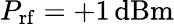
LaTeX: P_{\mathrm{rf}}=+1\, \mathrm{dBm}